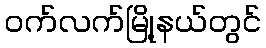
ဝက်လက်မြို့နယ်တွင်